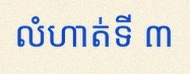
លំហាត់ទី ៣